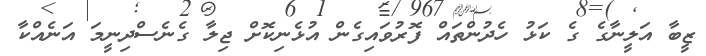
ޒީބާ އަލީނާގެ ގެ ކަޅު ހެދުންތައް ފޮރުވައިގެން އުޅެނިކޮށް ޖިލާ ގެނެސްދިނީމަ އަނެއްކާ